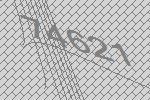
74621